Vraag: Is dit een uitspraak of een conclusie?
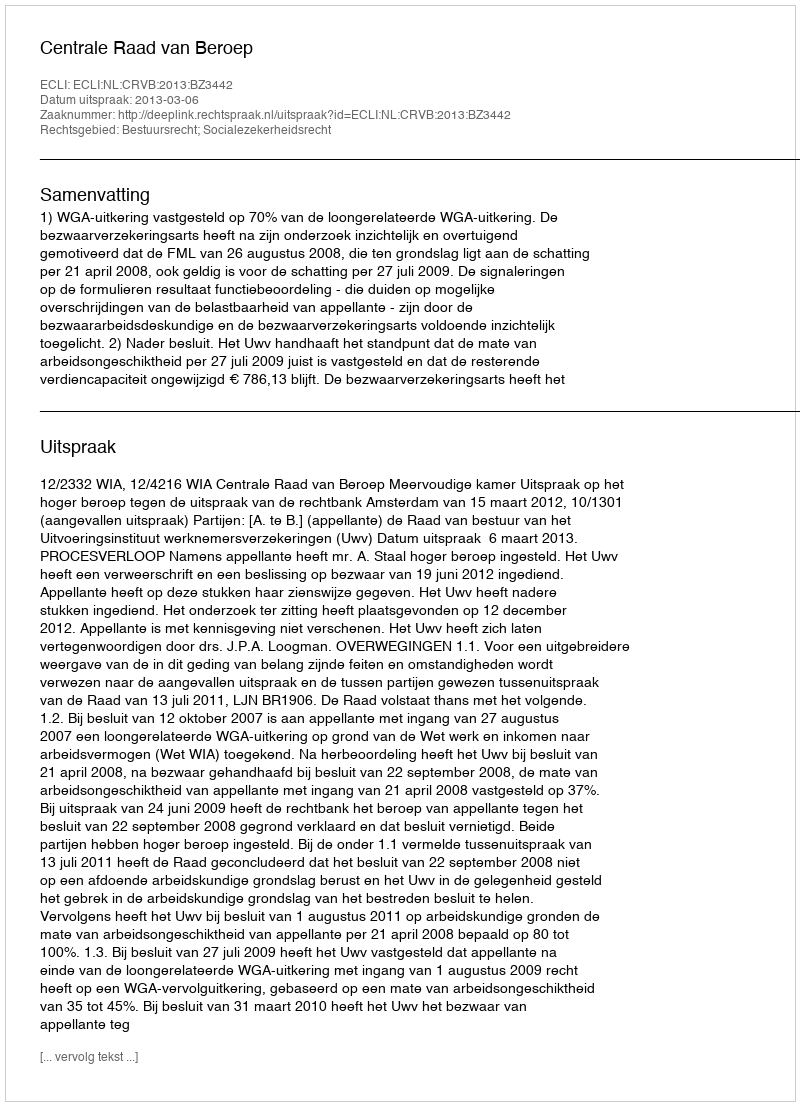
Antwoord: Uitspraak